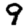
Digit: 9